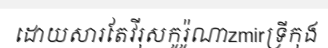
ដោយសារតែវីរុសកូរ៉ូណាzmirទ្រីកុង